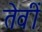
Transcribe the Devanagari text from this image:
तेवीं